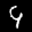
Label: 9